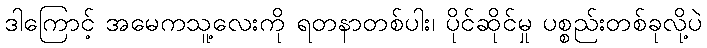
ဒါကြောင့် အမေကသူ့လေးကို ရတနာတစ်ပါး၊ ပိုင်ဆိုင်မှု ပစ္စည်းတစ်ခုလို့ပဲ